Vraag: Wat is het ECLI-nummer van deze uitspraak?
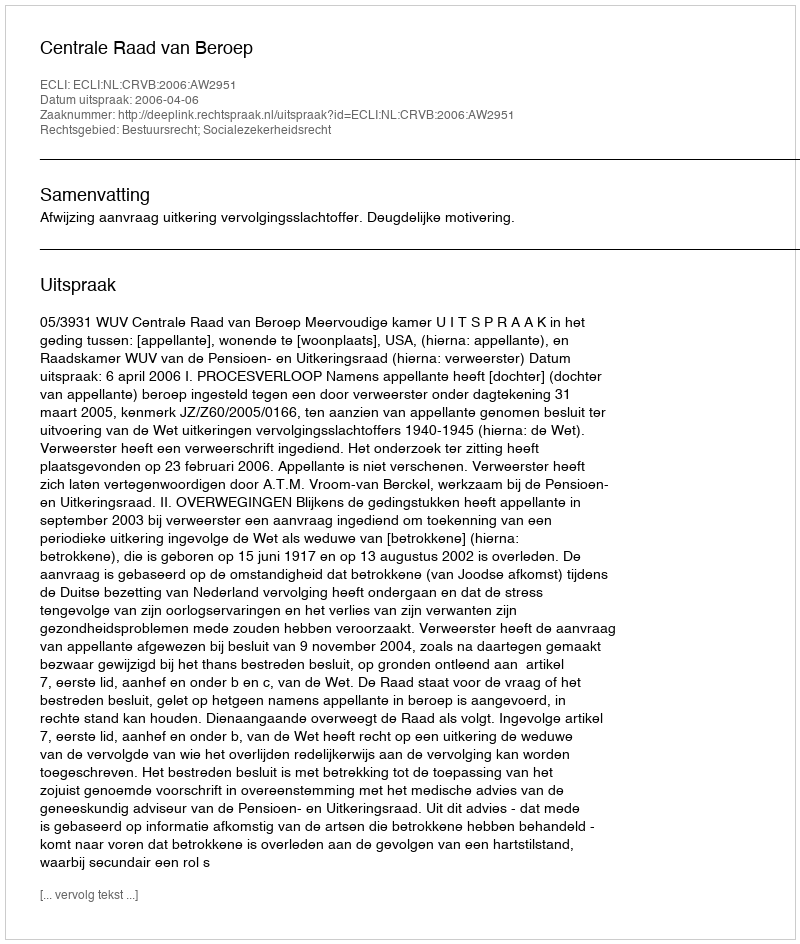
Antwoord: ECLI:NL:CRVB:2006:AW2951